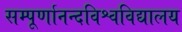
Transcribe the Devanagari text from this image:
सम्पूर्णानन्दविश्वविद्यालय